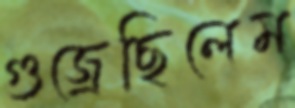
গুজ্‌রেছিলেম